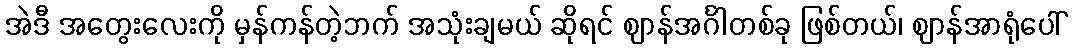
အဲဒီ အတွေးလေးကို မှန်ကန်တဲ့ဘက် အသုံးချမယ် ဆိုရင် ဈာန်အင်္ဂါတစ်ခု ဖြစ်တယ်၊ ဈာန်အာရုံပေါ်